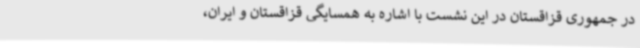
در جمهوری قزاقستان در این نشست با اشاره به همسایگی قزاقستان و ایران،